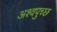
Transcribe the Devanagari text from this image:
अश्वपुच्छ